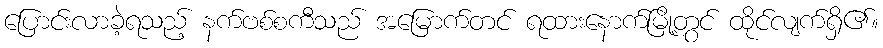
ပြောင်းလာခဲ့ရသည့် နက်ဗစ်စကီသည် အမြောက်တင် ရထားနောက်မြို့တွင် ထိုင်လျက်ရှိ၏။